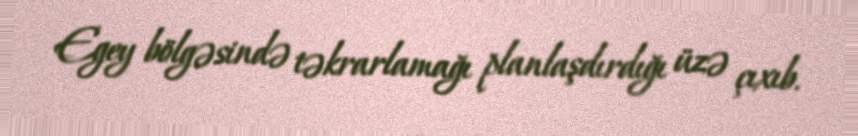
Egey bölgəsində təkrarlamağı planlaşdırdığı üzə çıxıb.